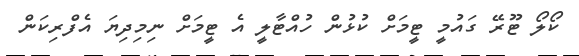
ކޯލޯ ޓޫރޭ ގައުމީ ޓީމަށް ކުޅުން ހުއްޓާލީ އެ ޓީމަށް ނިމިދިޔަ އެފްރިކަން